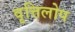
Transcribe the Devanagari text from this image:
वृत्तिलोप